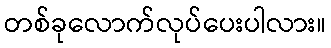
တစ်ခုလောက်လုပ်ပေးပါလား။